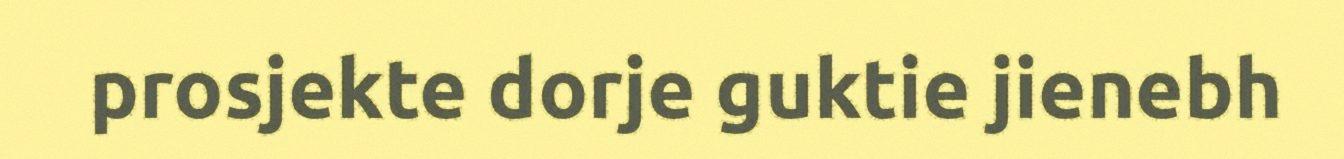
prosjekte dorje guktie jienebh